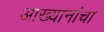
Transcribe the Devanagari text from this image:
आख्यानांचा